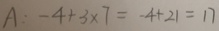
A : - 4 + 3 \times 7 = - 4 + 2 1 = 1 7